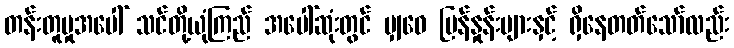
တန်းတူမှုအပေါ် သင်တို့ယုံကြည် အပေါ်ဆုံးတွင် မျှဝေ မြန်နှုန်းများနှင့် ရှိနေတတ်သော်လည်း